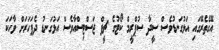
އޭގެތެރޭގައި އަޅުގަނޑުވެސް ސީދާ ސުޕްރީމް ކޯޓުގެ ޗީފް ޖަސްޓިސްއާވެސް އަޅުގަނޑު ދެފަހަރަށް ވާހަކަ